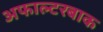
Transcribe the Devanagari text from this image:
अफाल्टरबाक